system: You are a helpful assistant.
user:
Analyze the provided spectrum to determine if it is a **S-type Star**.

- **Key Indicators for S-type Star:**

    - **(Overall Spectrum Shape):** The first and most obvious characteristic is the overall continuum (the "baseline" shape). It is **extremely "red-sloping,"** meaning the flux (light intensity) is very low on the left side (blue, ~4000-4500 Å) and rises steeply and continuously toward the right side (red, ~7000 Å+).

    - **(Primary):** The spectrum is defined by the presence of strong, broad molecular absorption "valleys" (bands) from **Zirconium Oxide (ZrO)**. The identification of these bands is the **primary requirement** for classifying a star as S-type.
        - **(Key Bandheads):** You must find distinct, deep "dips" where the light has been absorbed. The most critical band systems to locate are:
            - **~6474 Å** ($\gamma$-system): This is often the strongest and clearest ZrO feature, found in the red part of the spectrum.
            - **~5718 Å** & **~5551 Å** ($\beta$-system): A pair of prominent absorption features in the yellow-orange part of the spectrum.
            - **~4640 Å** ($\alpha$-system): A key absorption band system in the blue-green region of the spectrum.

    - **(Secondary Confirmation):** The classification is strengthened by finding additional absorption bands from other related heavy element oxides, which are expected to be present alongside ZrO.
        - **(Key Bandheads):**
            - **Yttrium Oxide (YO):** Look for absorption dips near **~4800 Å** and **~6100 Å**.
            - **Lanthanum Oxide (LaO):** Additional absorption features, particularly in the red-orange part of the spectrum, are also characteristic.

    - **(Line Profile):** The combination of the steep red continuum and these numerous, deep molecular bands (ZrO, YO, etc.) gives the entire spectrum a very **"chopped-up"** or **"bumpy"** appearance. Instead of a smooth curve, the spectrum looks as though large, wide chunks of light have been "carved out" of it at the specific wavelengths listed above.

Think first, call **spectral_visualization_tool** if needed to examine features in detail, then provide your final answer. Your response must adhere to the following strict rules:
1.  **Overall Structure:** Your response must follow the format `<think>...</think> <tool_call>...</tool_call> (if a tool is used) <answer>...</answer>`.
2.  **Tool Usage Constraint:** You may only make **one** tool call per turn.
3.  **Final Answer Format:** In the `<answer>` tag, your conclusion must be inside a `\boxed{}` command (e.g., `\boxed{YES}` or `\boxed{NO}`), followed by your justification.

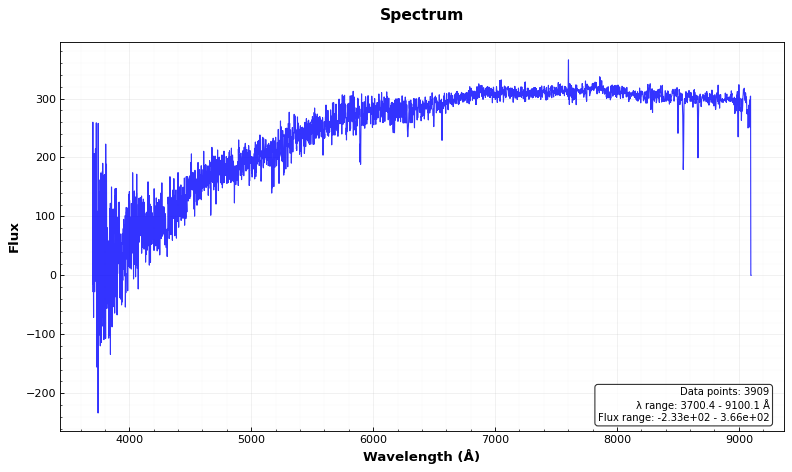
Answer: NO